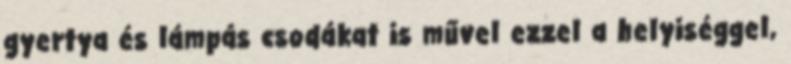
gyertya és lámpás csodákat is művel ezzel a helyiséggel,